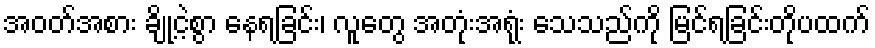
အဝတ်အစား ချို့ငဲ့စွာ နေရခြင်း၊ လူတွေ အတုံးအရုံး သေသည်ကို မြင်ရခြင်းတိုပထက်